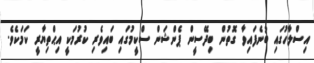
އިސްލާހުގައި ބުނެފައިވާ ގޮތުން ބިދޭސީން ޕެންޝަން ސްކީމުގައި ބައިވެރި ކުރުމަކީ އިޙްތިޔާރީ ކަމަކެވެ.